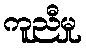
ကူညီမှု